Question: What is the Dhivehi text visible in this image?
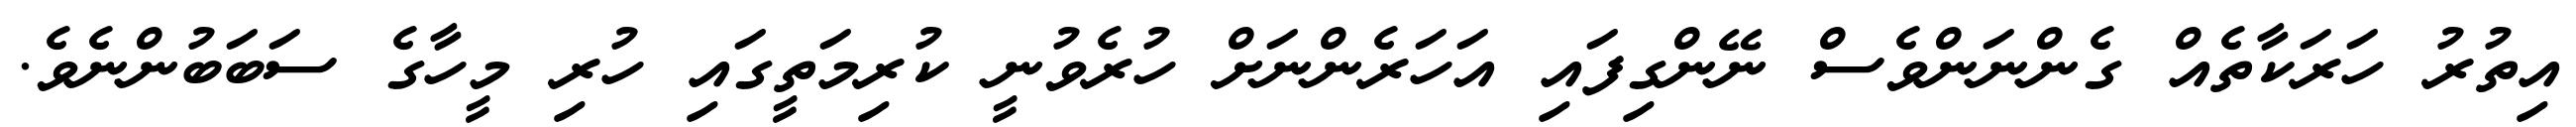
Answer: އިތުރު ހަރަކާތެއް ގެންނަންވެސް ނޭންގިފައި އަހަރެންނަށް ހުރެވުނީ ކުރިމަތީގައި ހުރި މީހާގެ ސަބަބުންނެވެ.